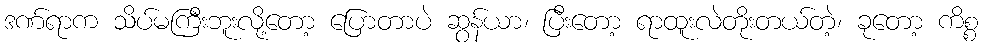
ဒဏ်ရာက သိပ်မကြီးဘူးလို့တော့ ပြောတာပဲ ဆွန်ယာ၊ ပြီးတော့ ရာထူးလဲတိုးတယ်တဲ့၊ ခုတော့ ကိစ္စ